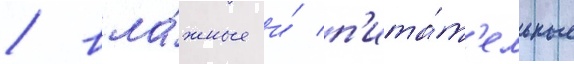
/ вла́жные и́ п'ита́т'ельные